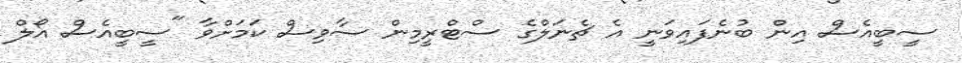
ސީބީއެސް އިން ބުނެފައިވަނީ އެ ޗެނަލްގެ ސްޓްރީމިން ސާވިސް ކަމަށްވާ "ސީބީއެސް އޯލް